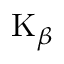
\mathrm { K } _ { \beta }